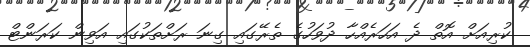
ކުރިއަށް އޮތް ދެ އަހަރެއްހާ ދުވަހުގެ ތެރޭގައި ގިނަ ރަށްތަކުގައި އަވިން ކަރަންޓް